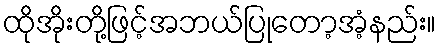
ထိုအိုးတို့ဖြင့်အဘယ်ပြုတော့အံ့နည်း။